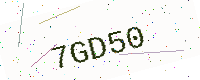
Text: 7GD50